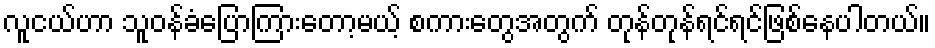
လူငယ်ဟာ သူဝန်ခံပြောကြားတော့မယ့် စကားတွေအတွက် တုန်တုန်ရင်ရင်ဖြစ်နေပါတယ်။